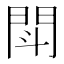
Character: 閗